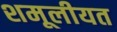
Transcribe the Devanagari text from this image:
शमूलीयत